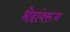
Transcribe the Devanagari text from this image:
भेदांवरून